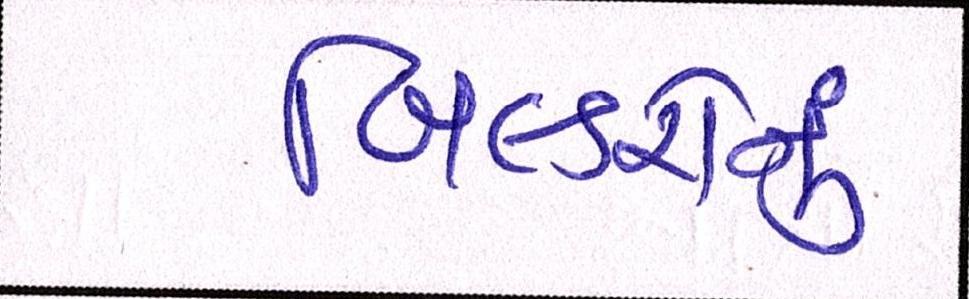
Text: બિલ્ડરોનું